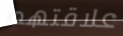
علاقتهما